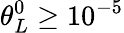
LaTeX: \theta_{L}^{0}\ge{{10}^{-5}}